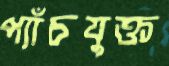
প্যাঁচযুক্ত